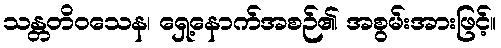
သန္တတိဝသေန၊ ရှေ့နောက်အစဉ်၏ အစွမ်းအားဖြင့်။